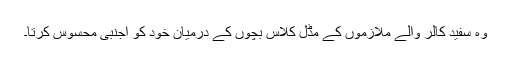
وہ سفید کالر والے ملازموں کے مڈل کلاس بچوں کے درمیان خود کو اجنبی محسوس کرتا۔